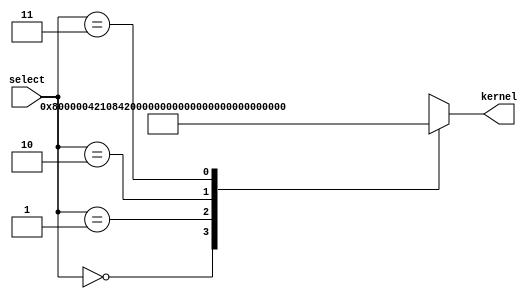
module lut(
	 input [1:0] select,
    output reg [44:0] kernel
	 );

    always @(*) begin
      case (select)
        0: kernel = {5'b00000, 5'b00000, 5'b00000, 5'b00000, 5'b00001, 5'b00000, 5'b00000, 5'b00000, 5'b00000};  // IDENTITY
        1: kernel = {5'b00001, 5'b00001, 5'b00001, 5'b00001, 5'b00001, 5'b00001, 5'b00001, 5'b00001, 5'b00001};  // BOX BLUR
        2: kernel = {5'b00001, 5'b00010, 5'b00001, 5'b00010, 5'b00100, 5'b00010, 5'b00001, 5'b00010, 5'b00001};  // GAUSSIAN BLUR
        3: kernel = {5'b00000, 5'b00000, 5'b00000, 5'b00000, 5'b00000, 5'b00000, 5'b00000, 5'b00000, 5'b00000};  // SOBEL EDGE DETECTION
//        4: kernel = {5'b00000, 5'b00000, 5'b00000, 5'b00000, 5'b00000, 5'b00000, 5'b00000, 5'b00000, 5'b00000};  // SHARPEN
//        5: kernel = {5'b00000, 5'b00000, 5'b00000, 5'b00000, 5'b00000, 5'b00000, 5'b00000, 5'b00000, 5'b00000};
//        6: kernel = {5'b00000, 5'b00000, 5'b00000, 5'b00000, 5'b00000, 5'b00000, 5'b00000, 5'b00000, 5'b00000};
//        7: kernel = {5'b00000, 5'b00000, 5'b00000, 5'b00000, 5'b00000, 5'b00000, 5'b00000, 5'b00000, 5'b00000};
//        default: 
      endcase
    end

endmodule // lut